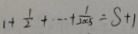
1 + \frac { 1 } { 2 } + \cdots + \frac { 1 } { 2 0 0 5 } = S + 1